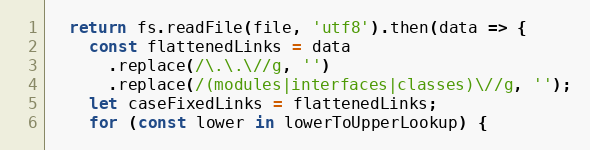
Language: JavaScript
  return fs.readFile(file, 'utf8').then(data => {
    const flattenedLinks = data
      .replace(/\.\.\//g, '')
      .replace(/(modules|interfaces|classes)\//g, '');
    let caseFixedLinks = flattenedLinks;
    for (const lower in lowerToUpperLookup) {